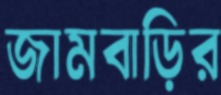
জামবাড়ির